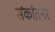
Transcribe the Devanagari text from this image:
सेंकांतनेर